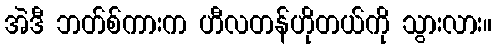
အဲဒီ ဘတ်စ်ကားက ဟီလတန်ဟိုတယ်ကို သွားလား။